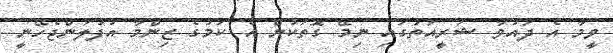
ވީމާ އެ ދައުވާ ޝަރީއަތުގައި ނިމޭ ގޮތަކުން އެ ކަމުގެ ޒިންމާ އުފުލަންޖެހޭނީ